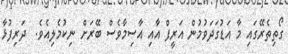
ގޯތިތެރޭގައި މާ އަޑުގަދަވުމުން އަރީފް އާއި އާސިމާވެސް ބޭރަށް ނިކުމެލިއެވެ.  ދަރިފުޅާ